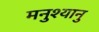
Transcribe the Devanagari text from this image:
मनुश्यानु